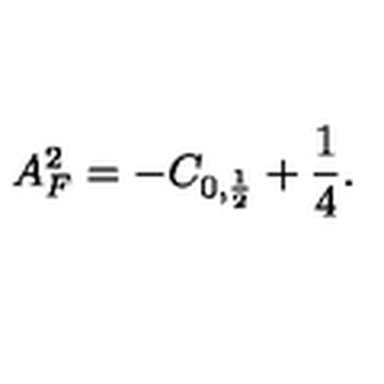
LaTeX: A _ { F } ^ { 2 } = - C _ { 0 , \frac { 1 } { 2 } } + \frac { 1 } { 4 } .